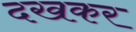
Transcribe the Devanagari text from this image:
दखकर